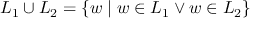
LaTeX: L _ { 1 } \cup L _ { 2 } = \{ w \mid w \in L _ { 1 } \lor w \in L _ { 2 } \}